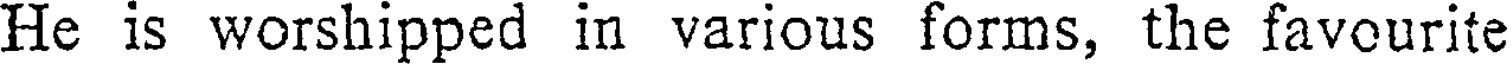
He is worshipped in various forms, the favourite